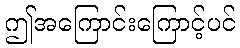
ဤအကြောင်းကြောင့်ပင်